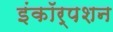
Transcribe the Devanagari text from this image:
इंकॉर्पशन